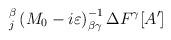
LaTeX: \begin{align*}_{j}^{\beta }\left( M_{0}-i\varepsilon \right) ^{-1}_{\beta \gamma }\Delta F^{\gamma }[A']\end{align*}